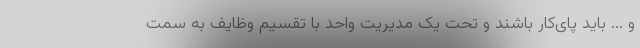
و ... باید پای‌کار باشند و تحت یک مدیریت واحد با تقسیم وظایف به سمت